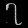
Digit: ၇